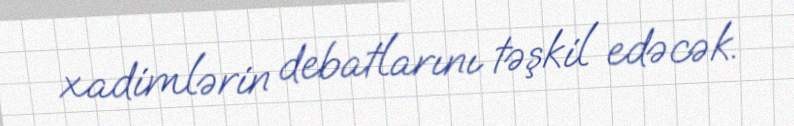
xadimlərin debatlarını təşkil edəcək.